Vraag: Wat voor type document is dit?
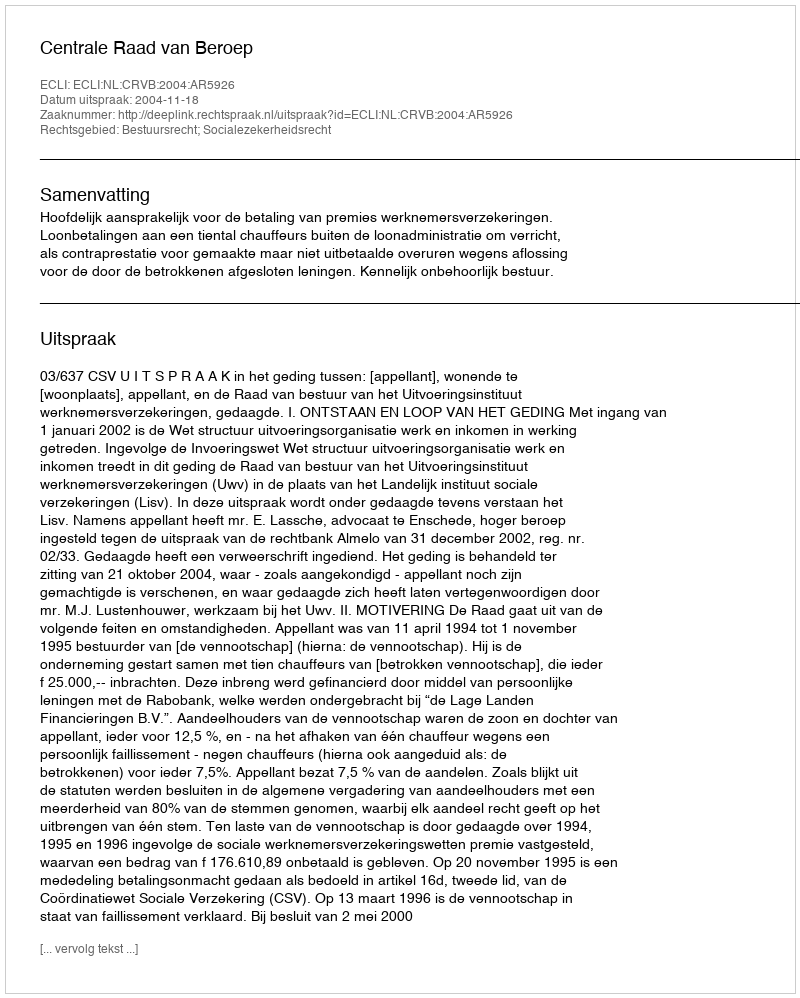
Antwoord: Uitspraak